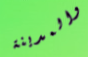
والمدينة